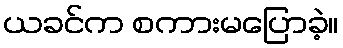
ယခင်က စကားမပြောခဲ့။